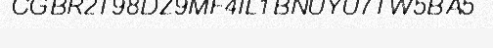
CGBR2T98DZ9MF4IL1BNUYU7TW5BA5